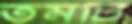
তমটি